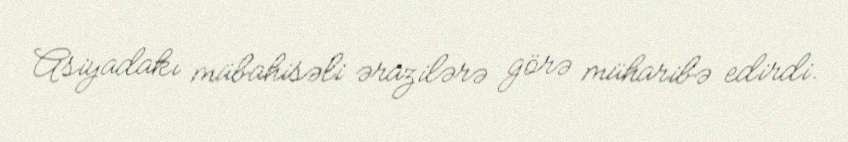
Asiyadakı mübahisəli ərazilərə görə müharibə edirdi.